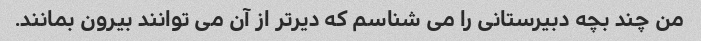
من چند بچه دبیرستانی را می شناسم که دیرتر از آن می توانند بیرون بمانند.